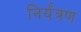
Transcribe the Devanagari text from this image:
निर्यंत्रण